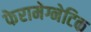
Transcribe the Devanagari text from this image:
फेरामेग्नेटिक